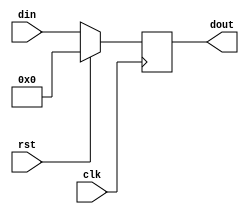
module pipo(din,clk,rst,dout);
  input [3:0]din;
  input rst,clk;
  output reg [3:0]dout;
  
  always@(posedge clk)begin
    if(rst)
      dout=0;
    else begin
      dout=din;
          $display("Time=%0t rst=%b din=%b dout=%b",$time,rst,din,dout);
    end

    
  end
endmodule